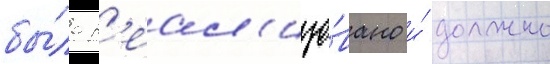
бы́ло р'еал'изо́вано и́ должно